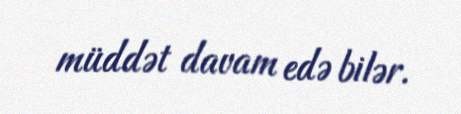
müddət davam edə bilər.